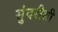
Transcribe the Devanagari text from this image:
सुंदरीशी